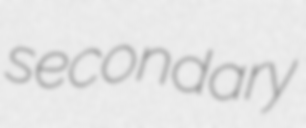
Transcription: secondary